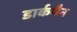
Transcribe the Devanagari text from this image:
डार्कमैन